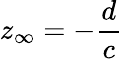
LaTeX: z_{\infty}=-{\frac{d}{c}}